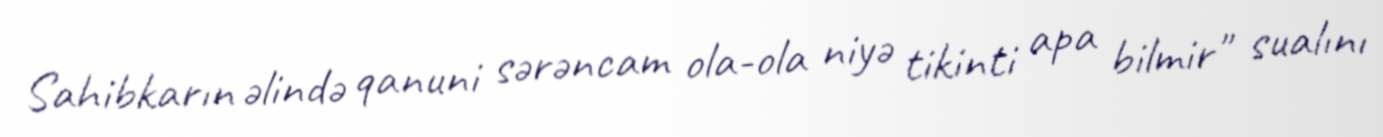
Sahibkarın əlində qanuni sərəncam ola-ola niyə tikinti apa bilmir" sualını